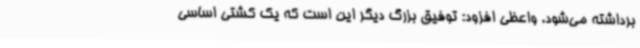
برداشته می‌شود. واعظی افزود: توفیق بزرگ دیگر این است که یک کشتی اساسی